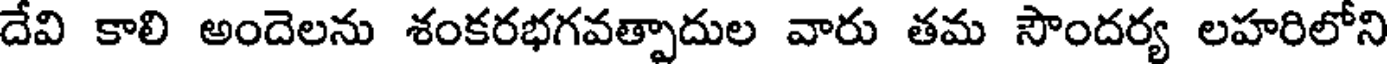
దేవి కాలి అందెలను శంకరభగవత్పాదుల వారు తమ సౌందర్య లహరిలోని